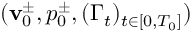
( \mathbf { v } _ { 0 } ^ { \pm } , p _ { 0 } ^ { \pm } , ( \Gamma _ { t } ) _ { t \in [ 0 , T _ { 0 } ] } )